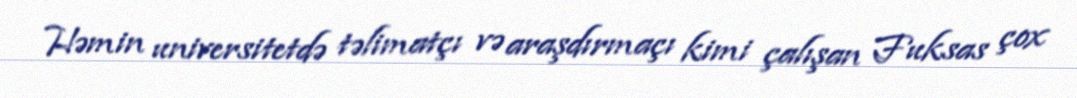
Həmin universitetdə təlimatçı və araşdırmaçı kimi çalışan Fuksas çox